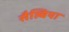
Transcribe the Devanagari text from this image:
सैल्विया